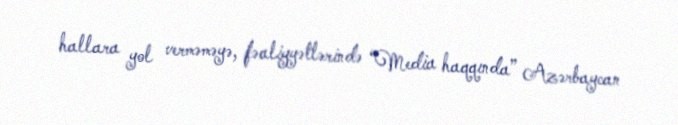
hallara yol verməməyə, fəaliyyətlərində “Media haqqında” Azərbaycan